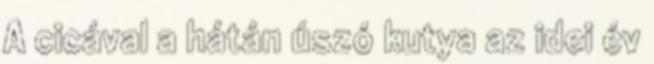
A cicával a hátán úszó kutya az idei év